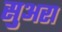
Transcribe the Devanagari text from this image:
सुअरा